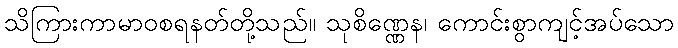
သိကြားကာမာဝစရနတ်တို့သည်။ သုစိဏ္ဏေန၊ ကောင်းစွာကျင့်အပ်သော